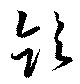
飲